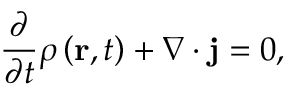
{ \frac { \partial } { \partial t } } \rho \left( \mathbf { r } , t \right) + \nabla \cdot \mathbf { j } = 0 ,